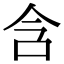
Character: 含